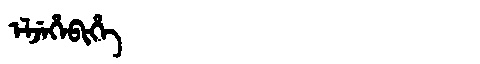
Manchu: ᡝᠯᠵᡝᡥᡝᠪᡳᡥᡝ
Romanization: ELJEHEBIHE